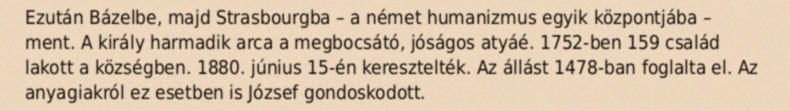
Ezután Bázelbe, majd Strasbourgba – a német humanizmus egyik központjába – ment. A király harmadik arca a megbocsátó, jóságos atyáé. 1752-ben 159 család lakott a községben. 1880. június 15-én keresztelték. Az állást 1478-ban foglalta el. Az anyagiakról ez esetben is József gondoskodott.